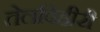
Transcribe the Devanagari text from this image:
तेलविहीरी